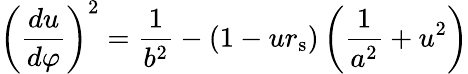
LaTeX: \left({\frac{du}{d\varphi}}\right)^{2}={\frac{1}{b^{2}}}-\left(1-ur_{\mathrm{{s}}}\right)\left({\frac{1}{a^{2}}}+u^{2}\right)